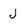
Character: J